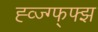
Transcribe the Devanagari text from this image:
ह्व्ज्ग्फ्फ्झ